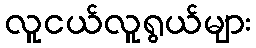
လူငယ်လူရွယ်များ